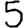
Digit: 5